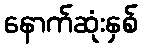
နောက်ဆုံးနှစ်